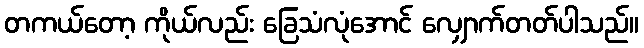
တကယ်တော့ ကိုယ်လည်း ခြေသံလုံအောင် လျှောက်တတ်ပါသည်။